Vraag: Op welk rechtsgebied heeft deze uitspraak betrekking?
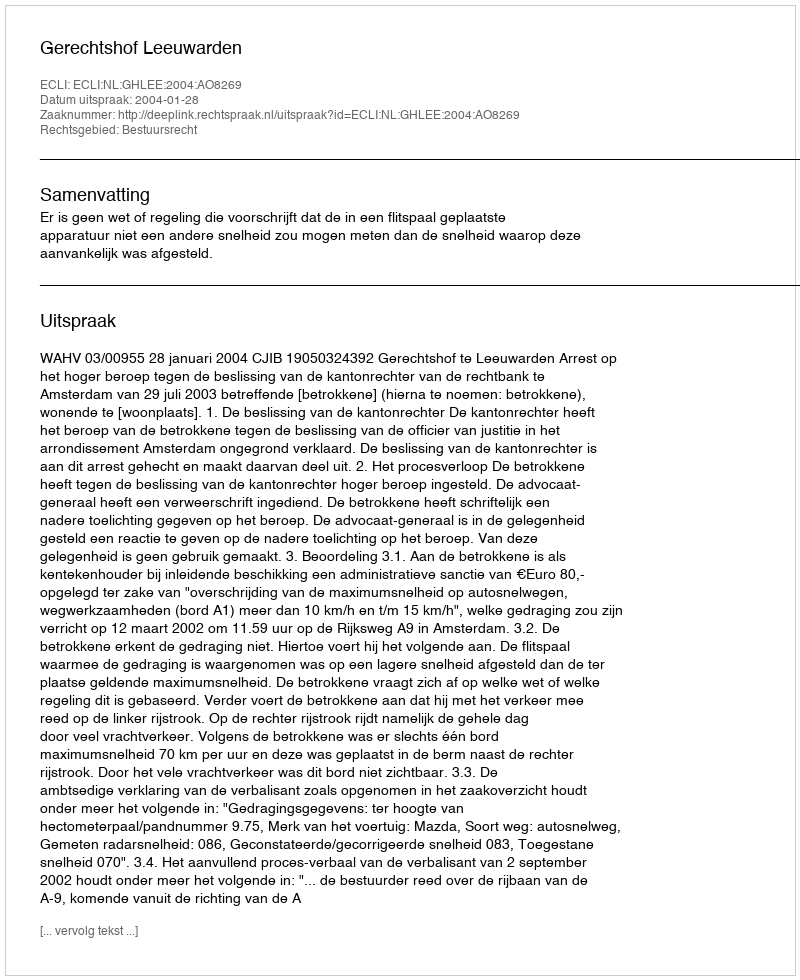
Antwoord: Bestuursrecht